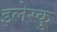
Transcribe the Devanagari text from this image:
इलेस्कु